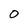
Character: O